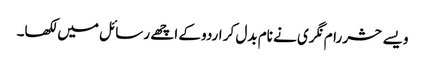
ویسے حشر رام نگری نے نام بدل کر اردو کے اچھے رسائل میں لکھا۔